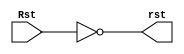
module buffer(
    Rst,
    rst
    );
    input Rst;
    output rst;
    assign rst = ~Rst;
endmodule